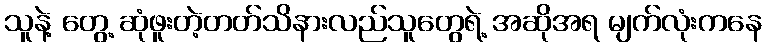
သူနဲ့ တွေ့ ဆုံဖူးတဲ့တတ်သိနားလည်သူတွေရဲ့ အဆိုအရ မျက်လုံးကနေ